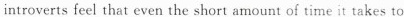
introverts feei that even the short amount of time it takes to